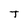
Character: T